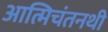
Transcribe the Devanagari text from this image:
आत्मिचंतनथी